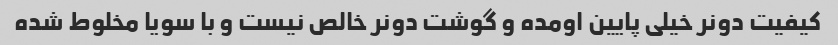
کیفیت دونر خیلی پایین اومده و گوشت دونر خالص نیست و با سویا مخلوط شده